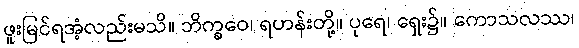
ဖူးမြင်ရအံ့လည်းမသိ။ ဘိက္ခဝေ၊ ရဟန်းတို့။ ပုရေ၊ ရှေး၌။ ကောသလဿ၊